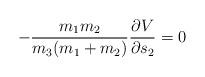
LaTeX: \begin{align*} -\frac{m_{1}m_{2}}{m_{3}(m_{1}+m_{2})}\frac{\partial V}{\partial s_{2}}=0\end{align*}